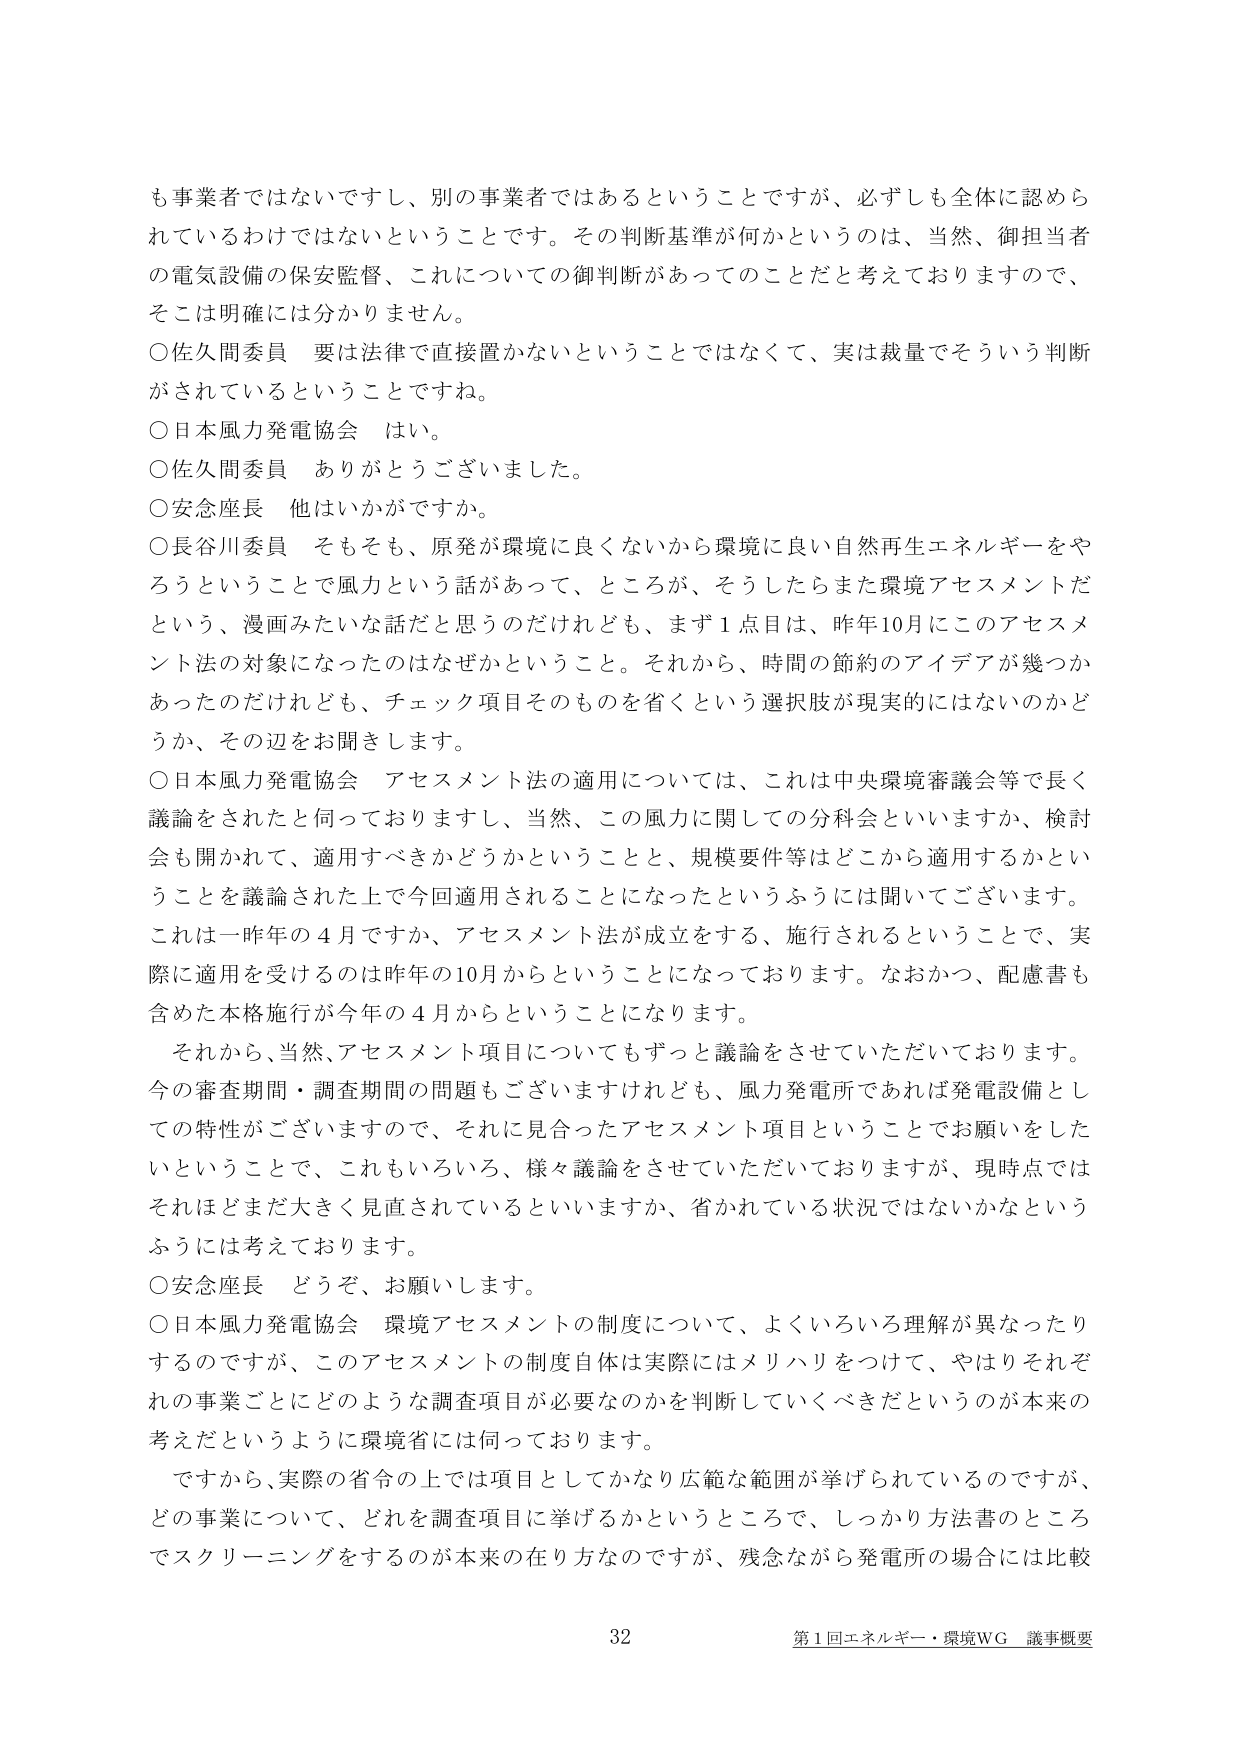
も事業者ではないですし、別の事業者ではあるということですが、必ずしも全体に認められているわけではないということです。その判断基準が何かというのは、当然、御担当者の電気設備の保安監督、これについての御判断があってのことだと考えておりますので、そこは明確には分かりません。

○佐久間委員　要は法律で直接置かないということではなくて、実は裁量でそういう判断がされているということですね。

○日本風力発電協会　はい。

○佐久間委員　ありがとうございました。

○安念座長　他はいかがですか。

○長谷川委員　そもそも、原発が環境に良くないから環境に良い自然再生エネルギーをやろうということで風力という話があって、ところが、そうしたらまた環境アセスメントだという、漫画みたいな話だと思うのだけれども、まず1点目は、昨年10月にこのアセスメント法の対象になったのはなぜかということ。それから、時間の節約のアイデアが幾つかあったのだけれども、チェック項目そのものを省くという選択肢が現実的ではないのかどうか、その辺をお聞きします。

○日本風力発電協会　アセスメント法の適用については、これは中央環境審議会等で長く議論をされたと伺っておりますし、当然、この風力に関しての分科会といいますか、検討会も開かれて、適用すべきかどうかということと、規模要件等はどこから適用するかということを議論された上で今回適用されることになったというふうには聞いてございます。これは一昨年の4月ですか、アセスメント法が成立をする、施行されるということで、実際に適用を受けるのは昨年の10月からということになっております。なおかつ、配慮書も含めた本格施行が今年の4月からということになります。

それから、当然、アセスメント項目についてもずっと議論をさせていただいております。今の審査期間・調査期間の問題もございますけれども、風力発電所であれば発電設備としての特性がございますので、それに見合ったアセスメント項目ということでお願いをしたいということで、これもいろいろ、様々議論をさせていただいておりますが、現時点ではそれほどまだ大きく見直されているといいますか、省かれている状況ではないかなというふうには考えております。

○安念座長　どうぞ、お願いします。

○日本風力発電協会　環境アセスメントの制度について、よくいろいろ理解が異なったりするのですが、このアセスメントの制度自体は実際にはメリハリをつけて、やはりそれぞれの事業ごとにどのような調査項目が必要なのかを判断していくべきだというのが本来の考えだというように環境省には伺っております。

ですから、実際の省令の上では項目としてかなり広範な範囲が挙げられているのですが、どの事業について、どれを調査項目に挙げるかというところで、しっかり方法書のところですクリーニングをするのが本来の在り方なのですが、残念ながら発電所の場合には比較

32 第1回エネルギー・環境WG 議事概要